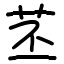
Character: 苤